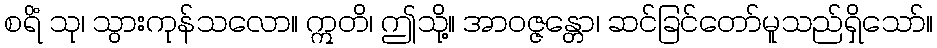
စရိံ သု၊ သွားကုန်သလော။ ဣတိ၊ ဤသို့။ အာဝဇ္ဇန္တော၊ ဆင်ခြင်တော်မူသည်ရှိသော်။